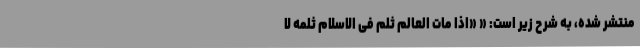
منتشر شده، به شرح زیر است: « «اذا مات العالم ثلم فی الاسلام ثلمه لا